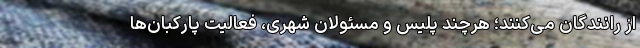
از رانندگان می‌کنند؛ هرچند پلیس و مسئولان شهری، فعالیت پارکبان‌ها